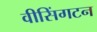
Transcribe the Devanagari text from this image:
वीसिंगटन